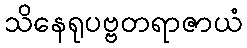
သိနေရုပဗ္ဗတရာဇာယံ